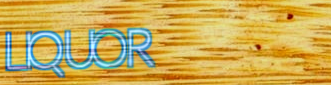
LIQUOR